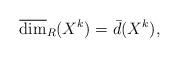
LaTeX: \begin{align*}\overline{\dim}_R(X^k)=\bar{d}(X^k),\end{align*}